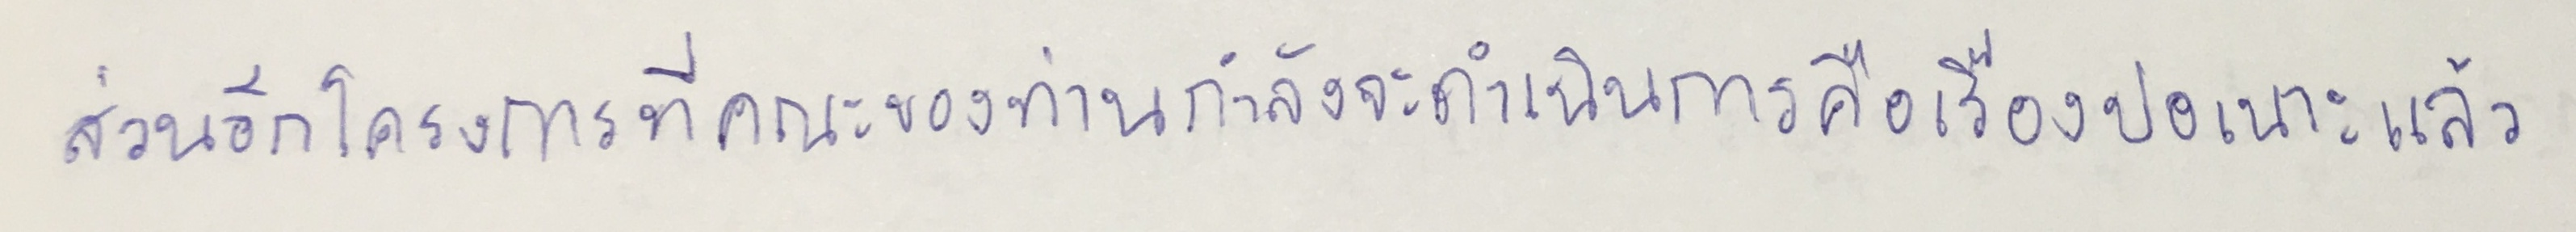
ส่วนอีกโครงการที่คณะของท่านกำลังจะดำเนินการคือเรื่องปอเนาะแล้ว